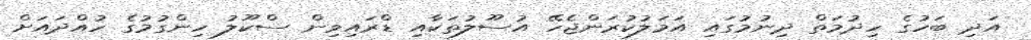
އަދި ބަހުގެ ހިދުމަތް ދިނުމުގައި އަމަލުކުރަންޖެހޭ އުސޫލުތަކާއި ޑްރައިވިން ސްކޫލު ހިންގުމުގެ ހުއްދައަށް